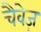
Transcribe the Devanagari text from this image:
चैवेज़